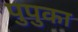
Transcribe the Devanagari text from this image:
पुपुका